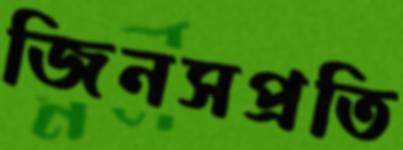
জিনসপ্রতি